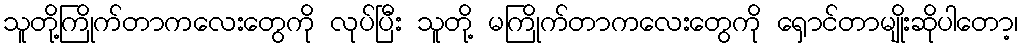
သူတို့ကြိုက်တာကလေးတွေကို လုပ်ပြီး သူတို့ မကြိုက်တာကလေးတွေကို ရှောင်တာမျိုးဆိုပါတော့၊